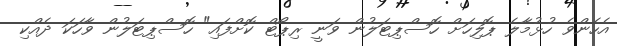
އެހެންވެ ހުޅުމާލެ ޕޮލިހަށް ހޮސްޕިޓަލުން ވަނީ ރިޕޯޓް ކޮށްފައި" ހޮސްޕިޓަލުން ވާހަކަ ދެއްކި